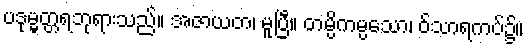
ပဒုမ္မတ္တရဘုရားသည်။ အဇာယတ၊ မူပြီ။ တမ္ပိကမ္ပသော၊ ဝ်သာရကပ်၌။